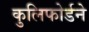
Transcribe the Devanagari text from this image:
कुलिफोर्डने